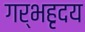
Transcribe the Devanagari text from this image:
गर्भहृदय